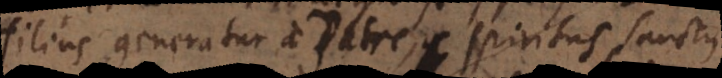
Filius generatur a Patre, Spiritus Sanctus